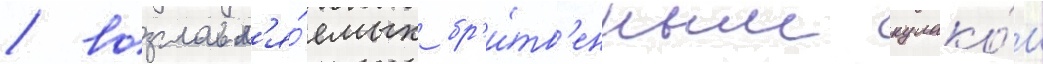
/ возглавл'я́емых бр'и́тв'енным кулако́м